Riigikantselei, lk 3
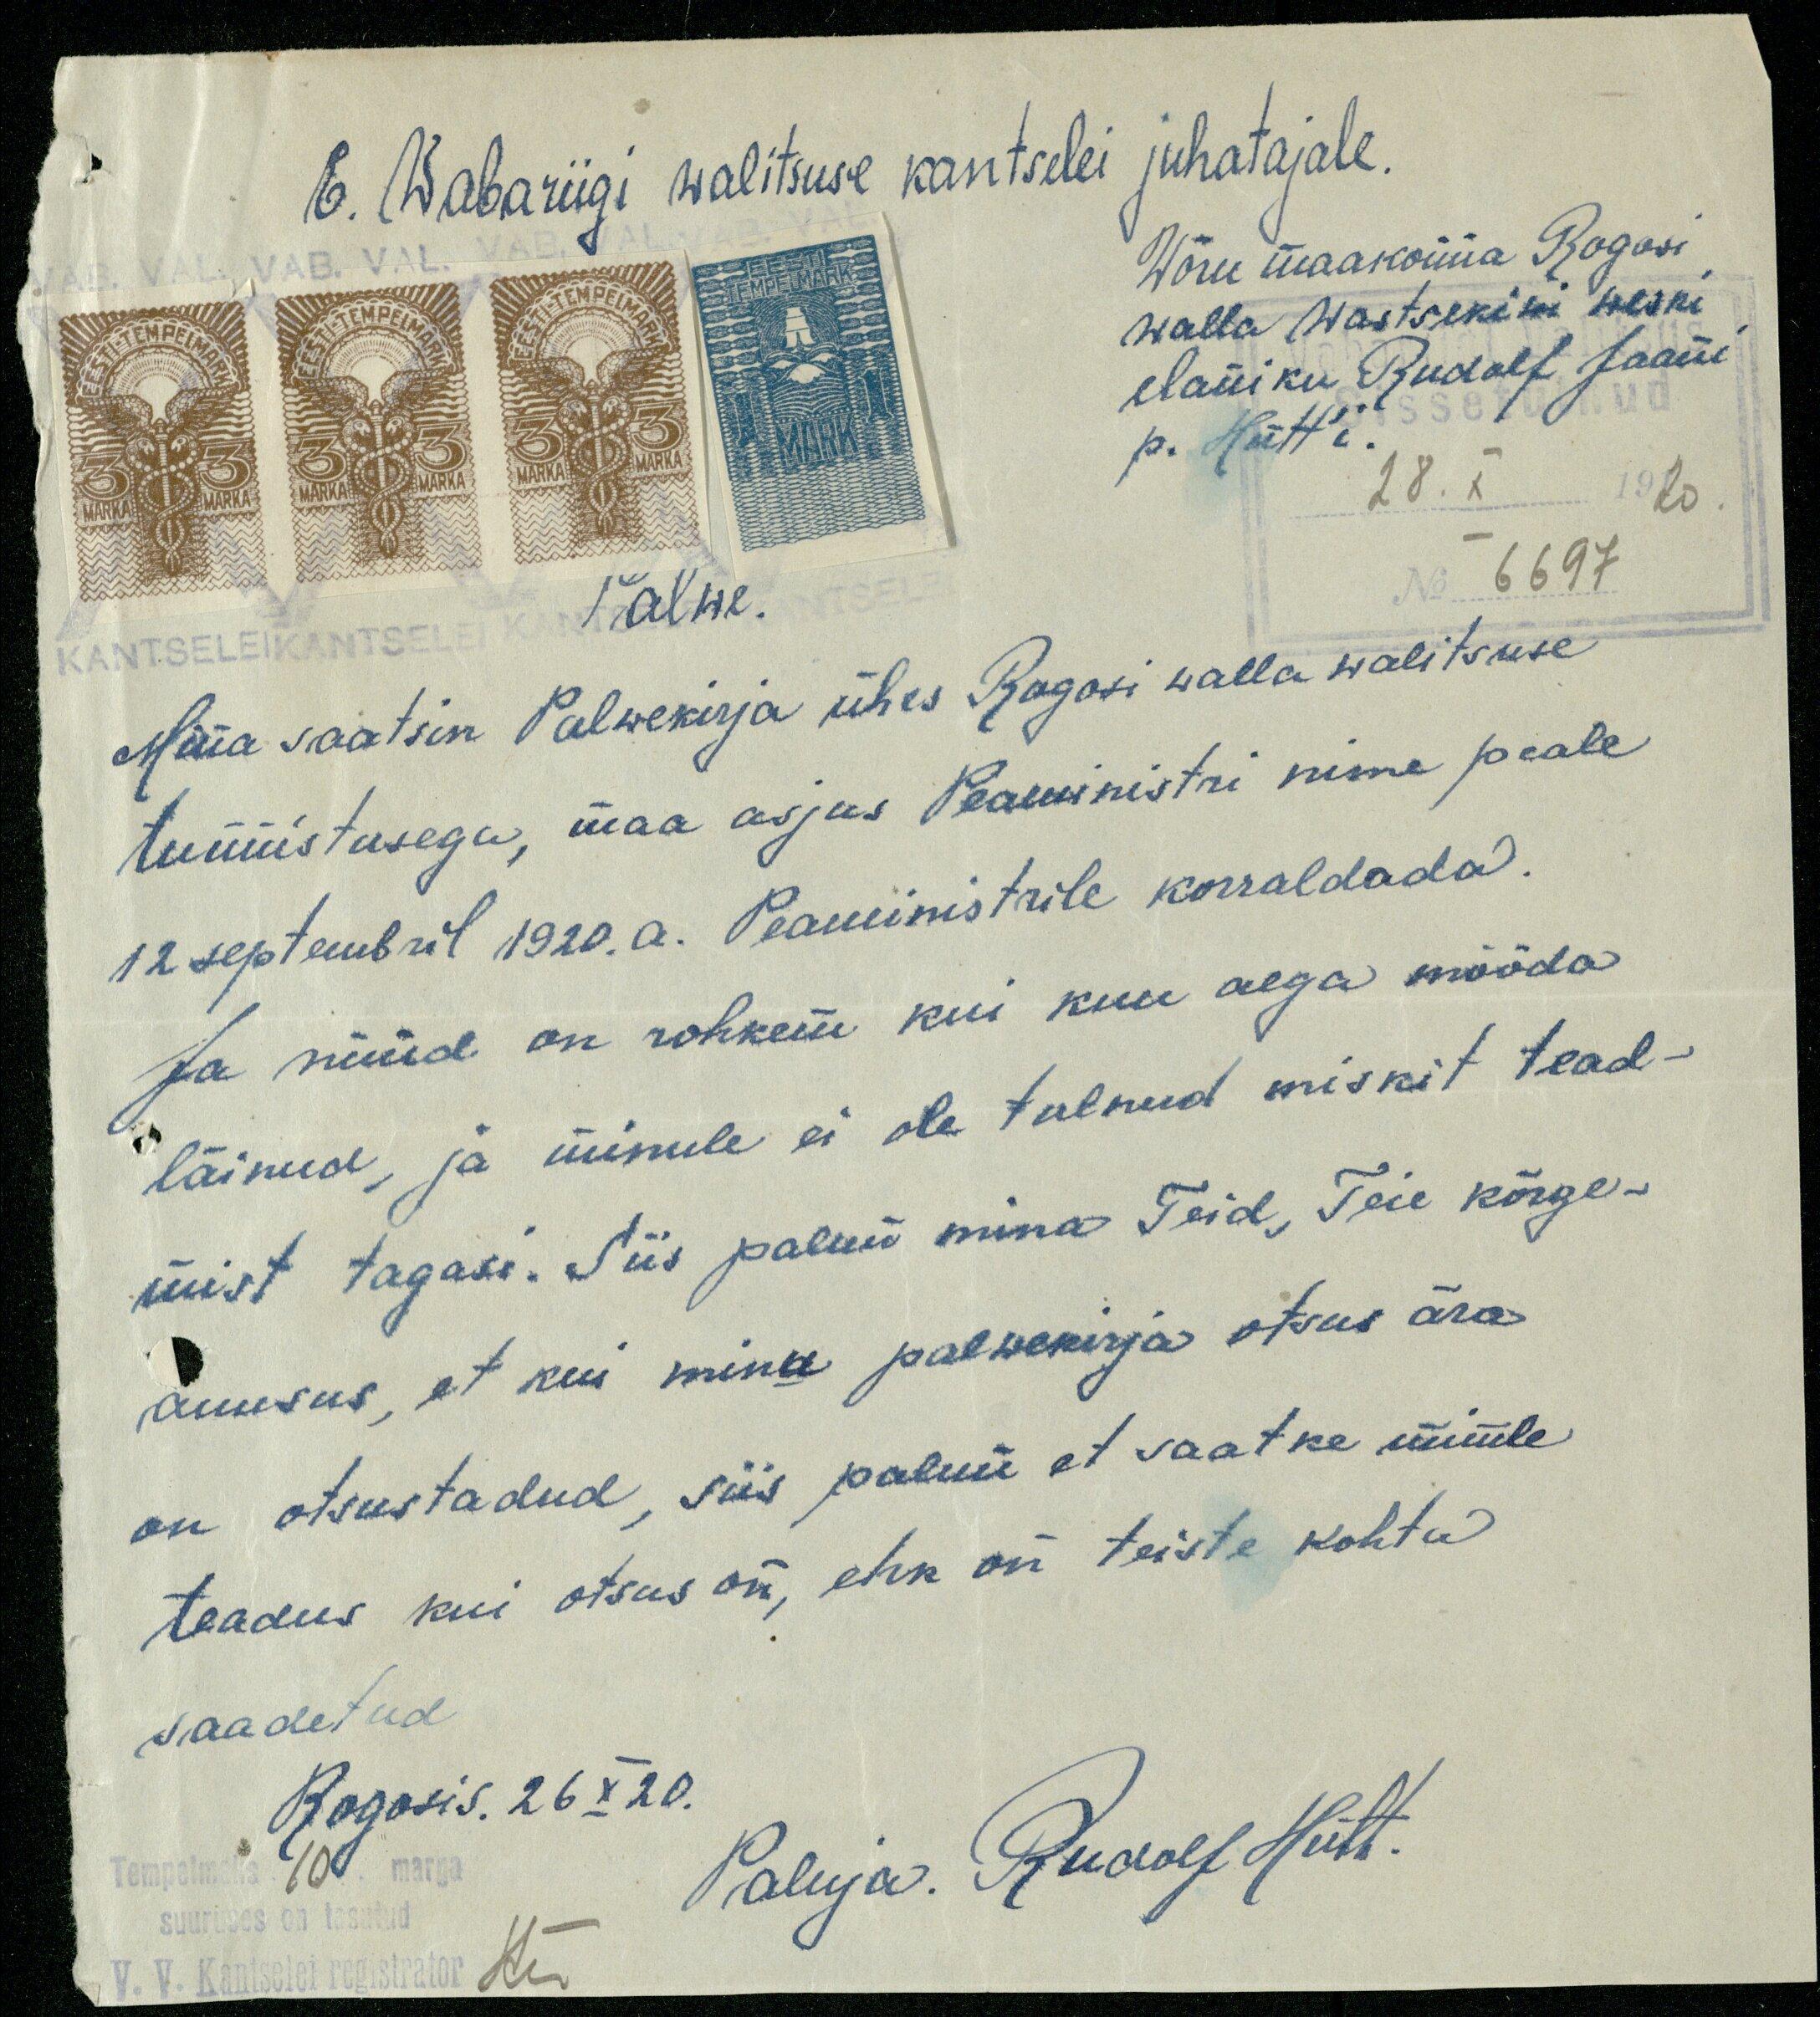
E. Wabariigi walitsuse kantselei juhatajale.
Wõru maakonna Rogosi
walla wastsekiwi weski
elaniku Rudolf Jaani
p. Hütt'i.
28. X. 1920
Palwe.
No 6697
Mina saatsin Palwekirja ühes Rogosi walla walitsuse
tunnistusega, maa asjus Peaministri nime peale
12 septembril 1920.a. Peaministrile korraldada.
Ja nüüd on rohkem kui kuu aega mööda
läinud, ja minule ei ole tulnud miskit tead-
mist tagasi. Siis palun mina Teid, Teie kõrge-
auusus, et kui minu palwekirja otsus ära
on otsustadud, siis palun et saatke minule
teadus kui otsus on, ehk on teiste kohtu
saadetud.
Rogosis. 26 X 20.
Tempelmaks 10 marga
suuruses on tasutud
Paluja. Rudolf Hütt.